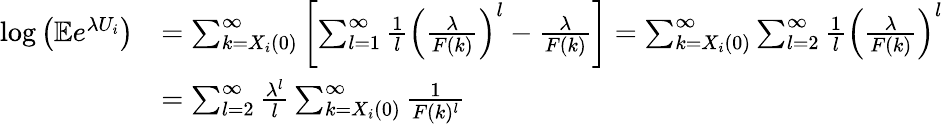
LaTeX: \begin{array}{rl}{\log\left(\mathbb{E}e^{\lambda U_{i}}\right)}&{=\sum_{k=X_{i}(0)}^{\infty}\left[\sum_{l=1}^{\infty}\frac{1}{l}\left(\frac{\lambda}{F(k)}\right)^{l}-\frac{\lambda}{F(k)}\right]=\sum_{k=X_{i}(0)}^{\infty}\sum_{l=2}^{\infty}\frac{1}{l}\left(\frac{\lambda}{F(k)}\right)^{l}}\\ &{=\sum_{l=2}^{\infty}\frac{\lambda^{l}}{l}\sum_{k=X_{i}(0)}^{\infty}\frac{1}{F(k)^{l}}}\end{array}